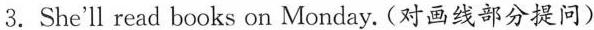
3.She'll read books on Monday.(对画线部分提问)